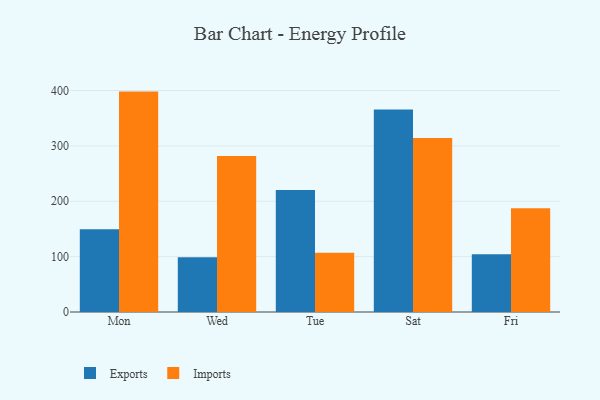
{"axis": {"x": "Day", "y": "Page Views"}, "legend": ["Exports", "Imports"], "data": [{"x": "Mon", "y": 149.6, "type": "Exports"}, {"x": "Mon", "y": 398.1, "type": "Imports"}, {"x": "Wed", "y": 99.1, "type": "Exports"}, {"x": "Wed", "y": 281.9, "type": "Imports"}, {"x": "Tue", "y": 220.2, "type": "Exports"}, {"x": "Tue", "y": 107.0, "type": "Imports"}, {"x": "Sat", "y": 365.9, "type": "Exports"}, {"x": "Sat", "y": 314.5, "type": "Imports"}, {"x": "Fri", "y": 104.5, "type": "Exports"}, {"x": "Fri", "y": 187.6, "type": "Imports"}]}